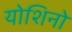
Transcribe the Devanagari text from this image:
योशिनो